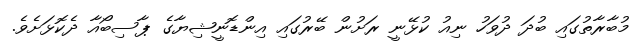
މުބާރާތުގައި ބުދަ ދުވަހު ނިއު ކުޅޭނީ ރަށުން ބޭރުގައި އިންޑޮނީޝިޔާގެ ޕާސިބޯއާ ދެކޮޅަށެވެ.